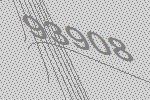
93908